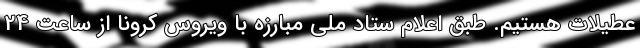
عطیلات هستیم. طبق اعلام ستاد ملی مبارزه با ویروس کرونا از ساعت 24